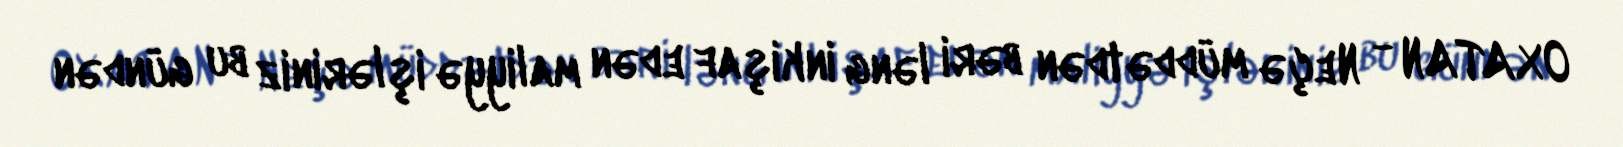
OXATAN - Neçə müddətdən bəri ləng inkişaf edən maliyyə işləriniz bu gündən